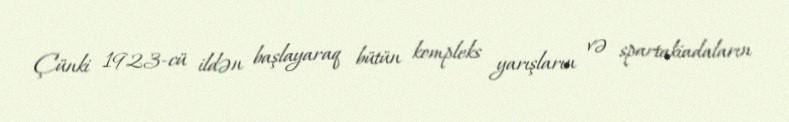
Çünki 1923-cü ildən başlayaraq bütün kompleks yarışların və spartakiadaların